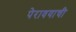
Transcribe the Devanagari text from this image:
पेरावयाची